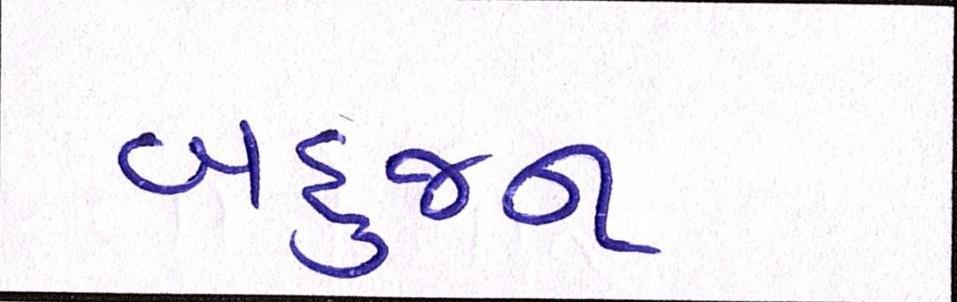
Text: બહુજન